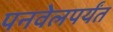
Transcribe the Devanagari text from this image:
पनवेलपर्यंत